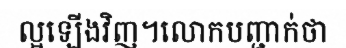
ល្អឡើងវិញ។លោកបញ្ជាក់ថា